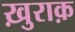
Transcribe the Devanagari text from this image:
ख़ुराक़